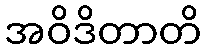
အဝိဒိတာတိ